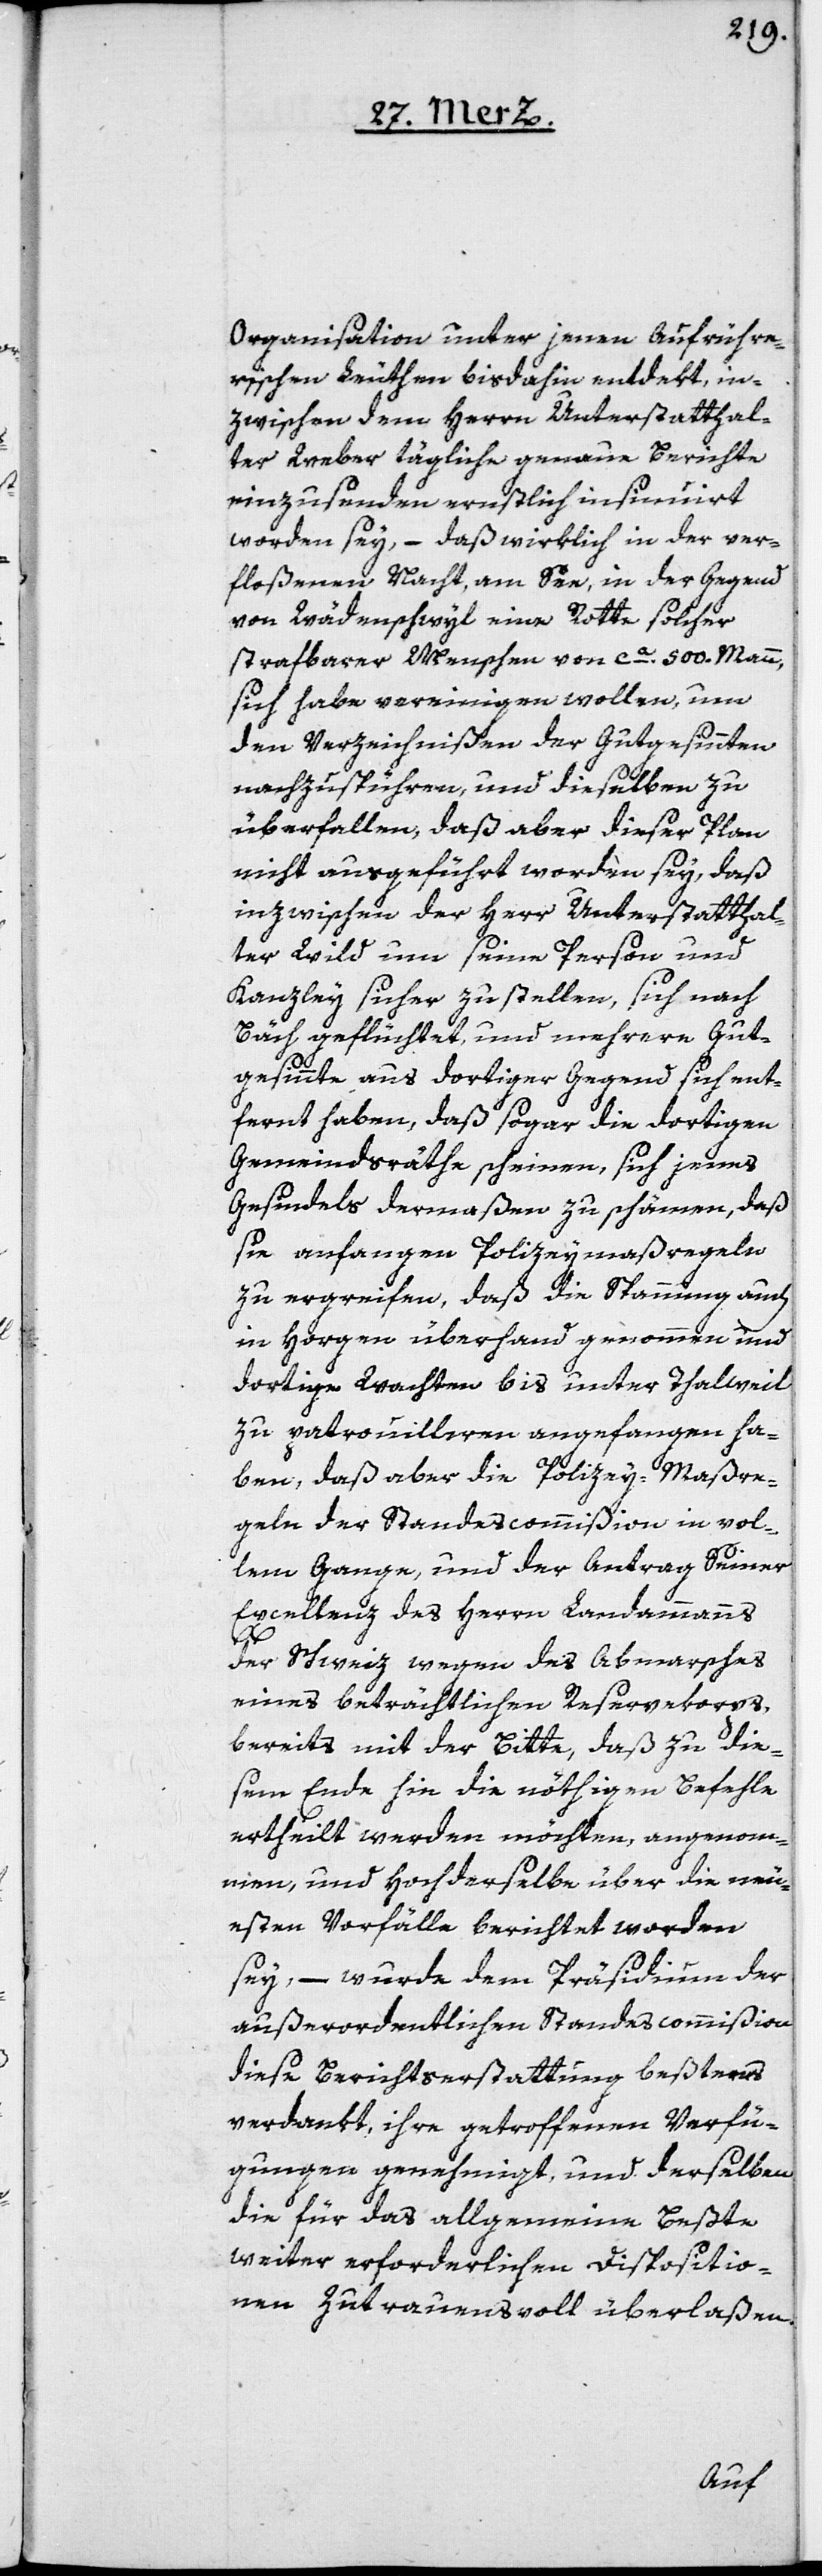
Organisation unter jenen Aufrühre¬
rischen Leuthen bisdahin entdeckt, in¬
zwischen dem Herrn Unterstatthal¬
ter Weber tägliche genaue Berichte
einzusenden ernstlich insinuirt
worden sey, – daß wirklich in der ver¬
floßenen Nacht, am See, in der Gegend
von Wädenschwyl eine Rotte solcher
strafbarer Menschen von ca. 500 Mann
sich habe vereinigen wollen, um
den Verzeichnißen der Gutgesinnten
nachzuspühren, und dieselben zu
überfallen, daß aber dieser Plan
nicht ausgeführt worden sey, daß
inzwischen der Herr Unterstatthal¬
ter Wild um seine Person und
Kanzley sicher zu stellen, sich nach
Bäch geflüchtet, und mehrere Gut¬
gesinnte aus dortiger Gegend sich ent¬
fernt haben, daß sogar die dortigen
Gemeindsräthe scheinen, sich jenes
Gesindels dermaßen zu schämen, daß
sie anfangen Polizeymaßregeln
zu ergreifen, daß die Spannung auch
in Horgen überhand genommen und
dortige Wachten bis unter Thalweil
zu patrouilliren angefangen ha¬
ben, daß aber die Polizey-Maßre¬
geln der Standescommißion in vol¬
lem Gange, und der Antrag Seiner
Excellenz des Herrn Landammanns
der Schweiz wegen des Abmarsches
eines beträchtlichen Reservecorps,
bereits mit der Bitte, daß zu die¬
sem Ende hin die nöthigen Befehle
ertheilt werden möchten, angenom¬
men, und Hochderselbe über die neu¬
esten Vorfälle berichtet worden
sey, – wurde dem Präsidium der
außerordentlichen Standescommißion
diese Berichtserstattung beßtens
verdankt, ihre getroffenen Verfü¬
gungen genehmigt, und derselben
die für das allgemeine Beßte
weiter erforderlichen Dispositio¬
nen zutrauensvoll überlaßen.